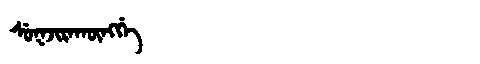
Manchu: ᠰᡠᡴᠵᡳᡵᠠᡴᡡᠩᡤᡝ
Romanization: SUKJIRAKŪNGGE